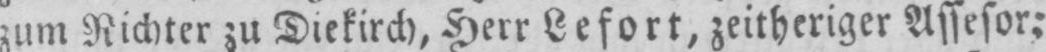
zum Richter zu Diekirch, Herr Lefort, zeitheriger Assesor;